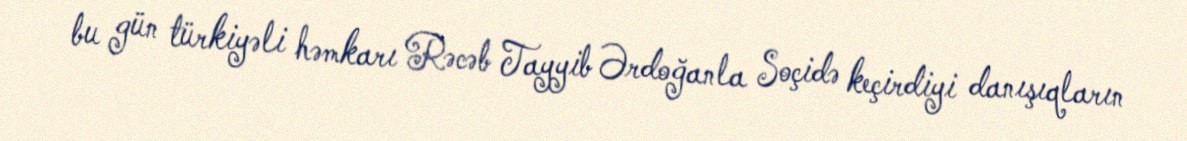
bu gün türkiyəli həmkarı Rəcəb Tayyib Ərdoğanla Soçidə keçirdiyi danışıqların